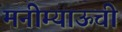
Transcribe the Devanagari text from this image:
मनीम्याऊची